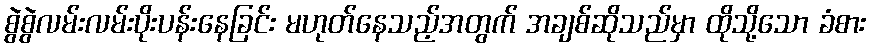
စွဲစွဲလမ်းလမ်းပိုးပန်းနေခြင်း မဟုတ်နေသည့်အတွက် အချစ်ဆိုသည်မှာ ထိုသို့သော ခံစား